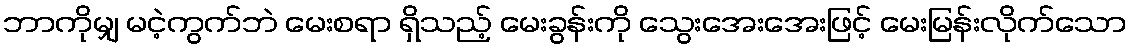
ဘာကိုမျှ မငဲ့ကွက်ဘဲ မေးစရာ ရှိသည့် မေးခွန်းကို သွေးအေးအေးဖြင့် မေးမြန်းလိုက်သော